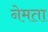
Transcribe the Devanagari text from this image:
नेमता